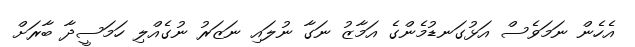
އެހެން ނަމަވެސް އަޅުގަނޑުމެންގެ އަމާޒު ނަގާ ނުލައި ނަޒަރު ނުގެއްލި ހަމަސީދާ ބާރަށް